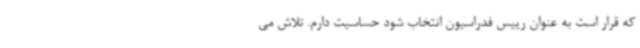
که قرار است به عنوان رییس فدراسیون انتخاب شود حساسیت دارم. تلاش می